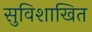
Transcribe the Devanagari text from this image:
सुविशाखित